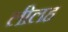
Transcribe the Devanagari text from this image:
लीलह